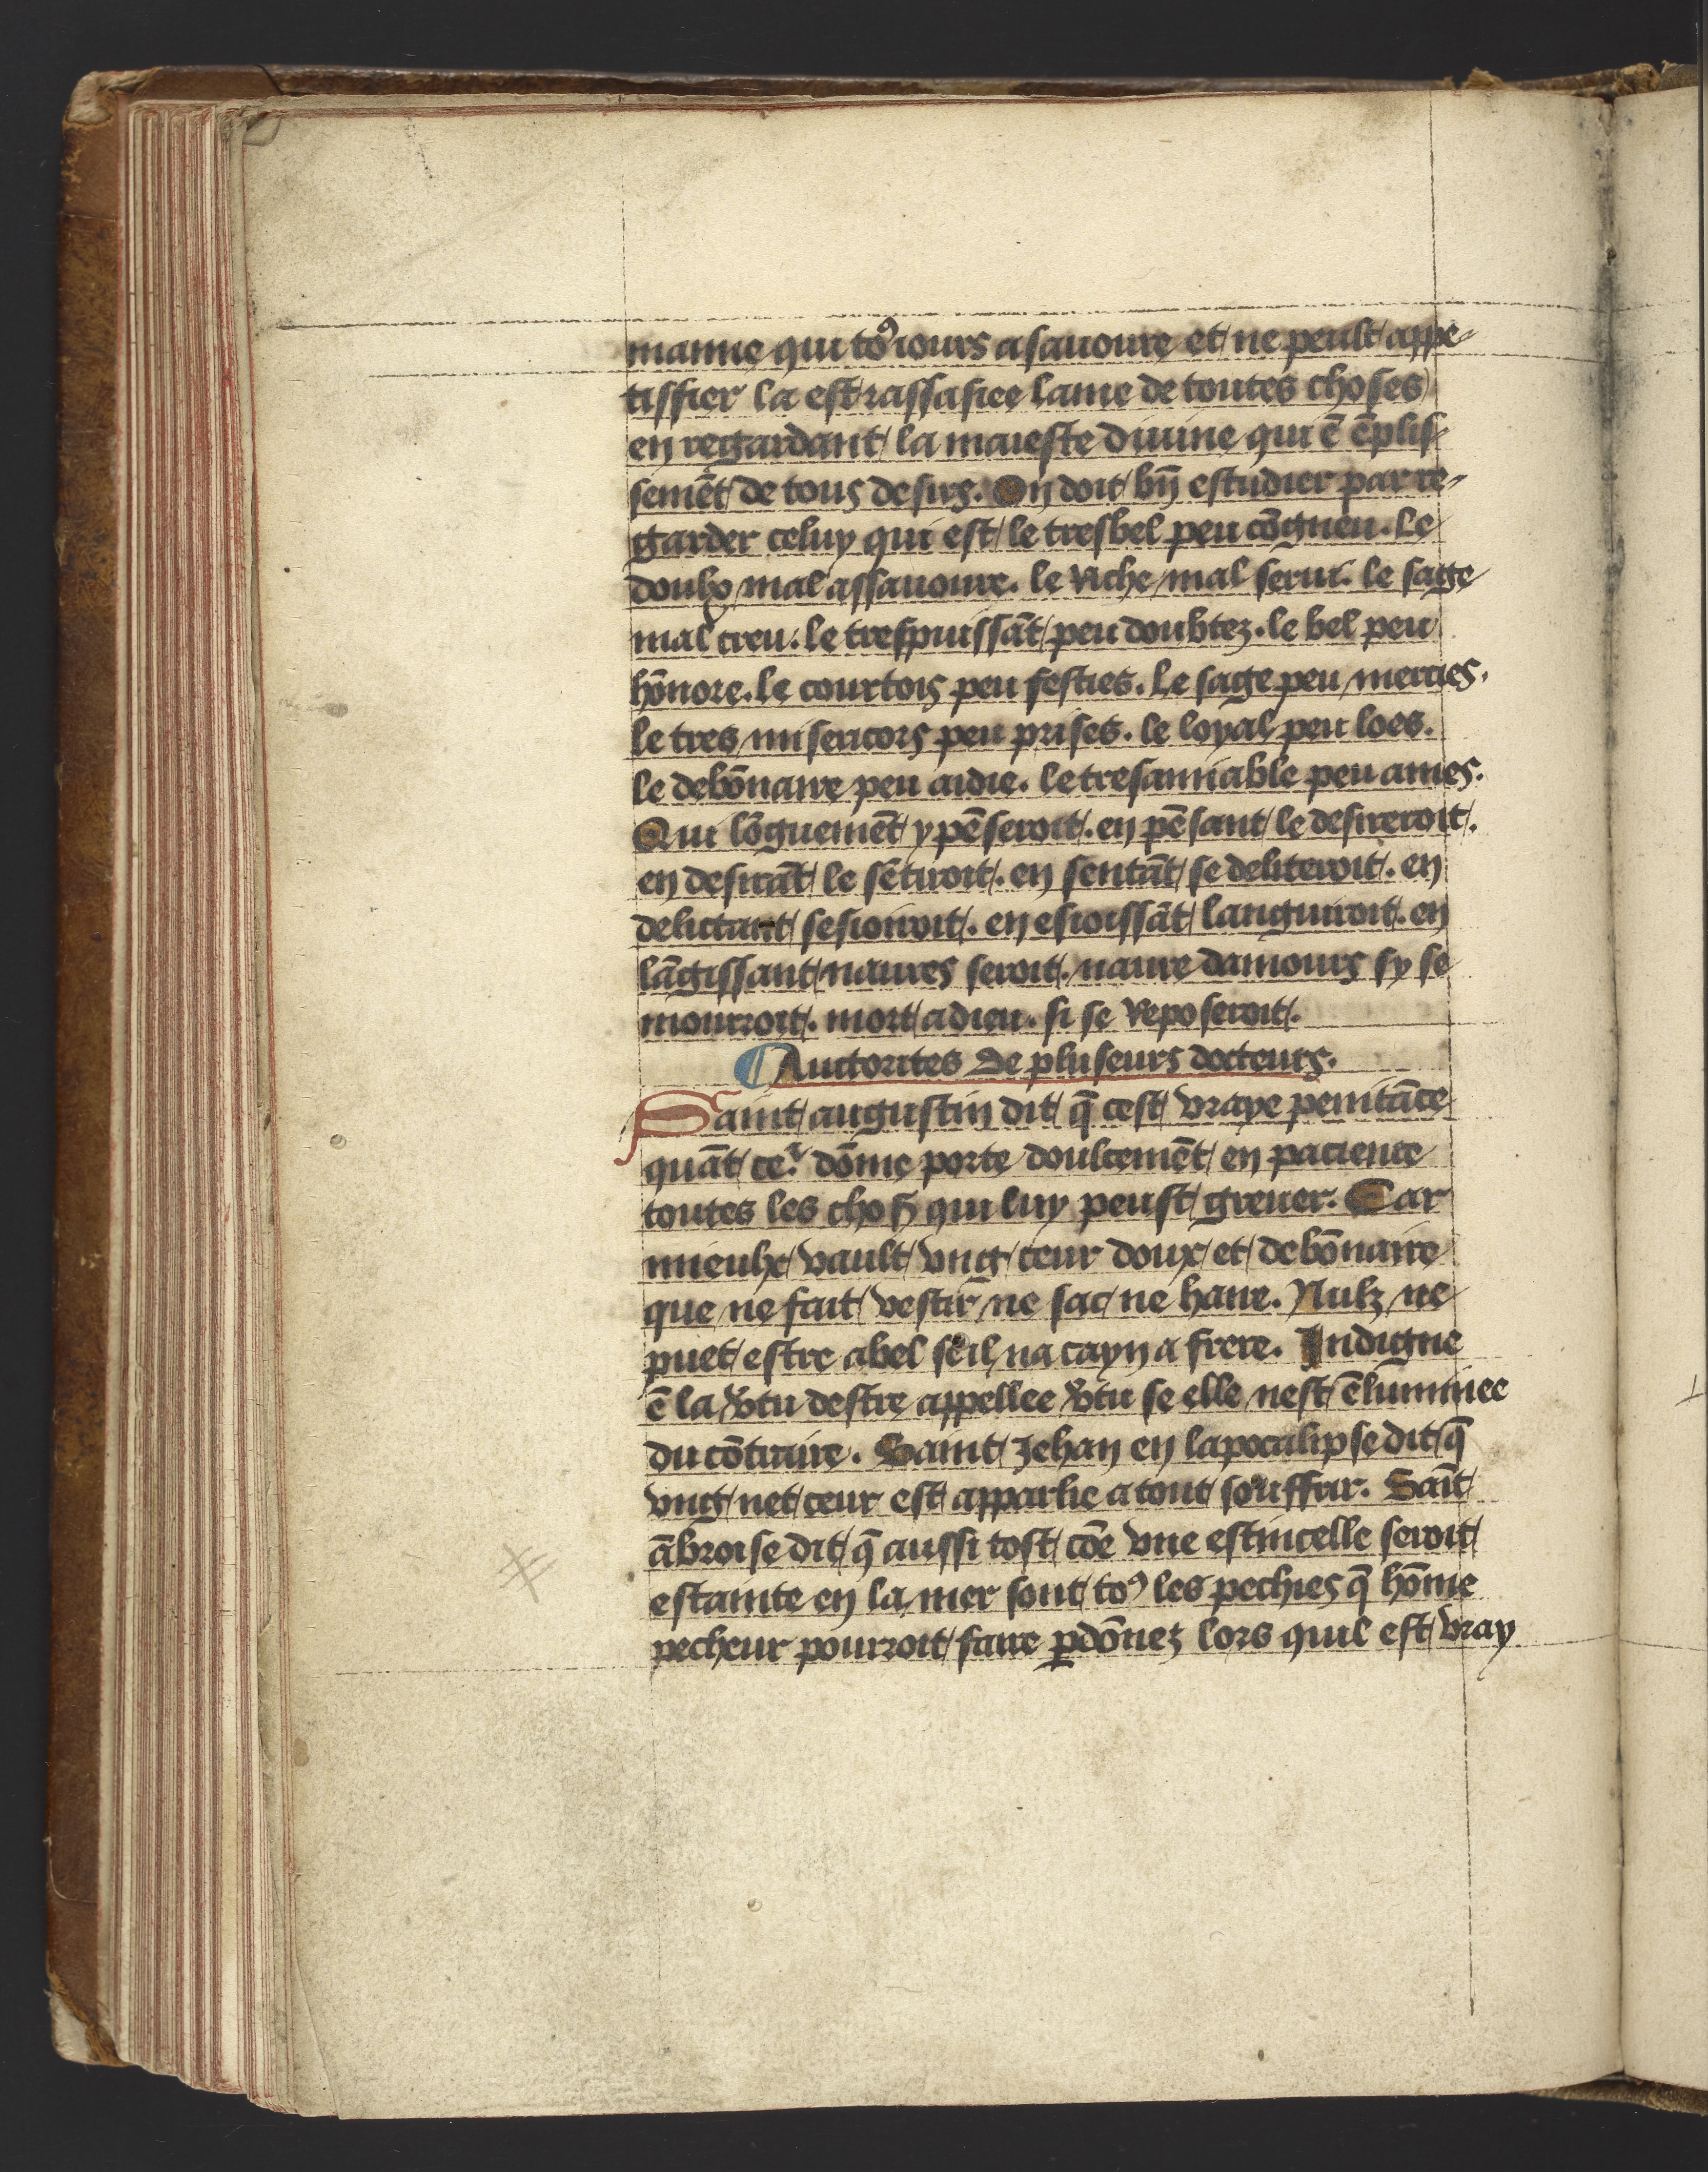
Shelfmark: Philadelphia, University of Pennsylvania, Ms. Codex 660
Century: 14